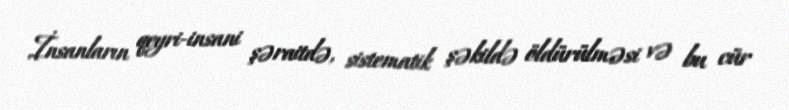
İnsanların qeyri-insani şəraitdə, sistematik şəkildə öldürülməsi və bu cür